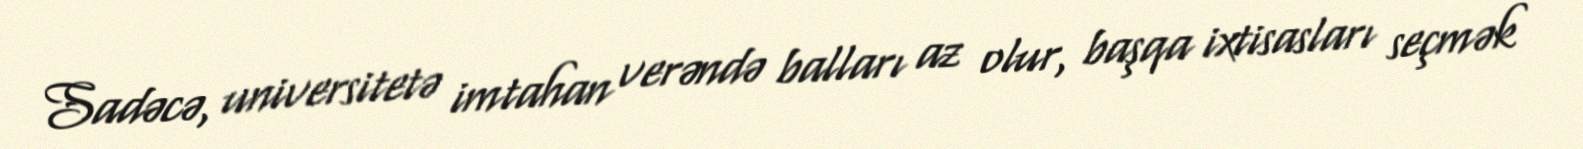
Sadəcə, universitetə imtahan verəndə balları az olur, başqa ixtisasları seçmək